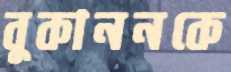
বুকাননকে